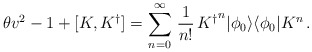
\begin{align*}\theta v^{2}-1+[K,{K^\dagger}]=\displaystyle{\sum_{n=0}^{\infty}\,\frac{1}{n!}}\, {K^\dagger}^{n}| \phi_0\rangle\langle \phi_0| K^{n}\,.\end{align*}